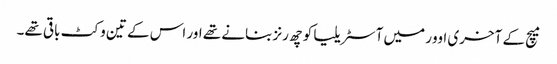
میچ کے آخری اوور میں آسٹریلیا کو چھ رنز بنانے تھے اور اس کے تین وکٹ باقی تھے۔